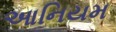
આનિયમ